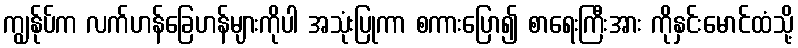
ကျွန်ုပ်က လက်ဟန်ခြေဟန်များကိုပါ အသုံးပြုကာ စကားပြော၍ စာရေးကြီးအား ကိုနှင်းမောင်ထံသို့